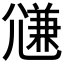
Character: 𡰉